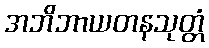
အဘိဘာယတနသုတ္တံ